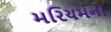
મરિયમનો